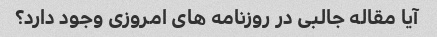
آیا مقاله جالبی در روزنامه های امروزی وجود دارد؟